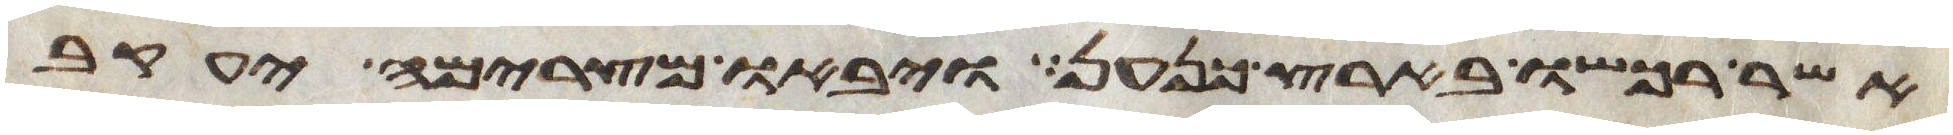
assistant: אשר רכשו בארץ כנען ויבאו מצרימה יעקב